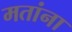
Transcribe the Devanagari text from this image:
मतांना